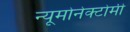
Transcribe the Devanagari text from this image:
न्यूमोनेक्टोमी